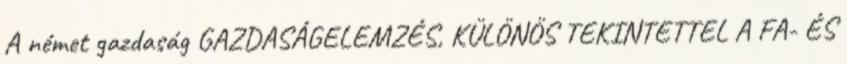
A német gazdaság GAZDASÁGELEMZÉS, KÜLÖNÖS TEKINTETTEL A FA- ÉS